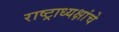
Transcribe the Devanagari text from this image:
राष्‍ट्राध्‍यक्षांचे